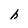
Character: h